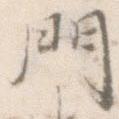
門